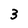
Character: 3